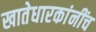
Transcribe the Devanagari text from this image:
खातेधारकांनींच